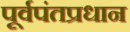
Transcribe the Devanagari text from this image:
पूर्वपंतप्रधान